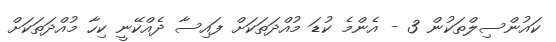
ކައުންސިލްތަކުން 3 - އެންމެ ކުޑަ މުއްދަތަކަށް ފައިސާ ދެއްކޭނީ ކިހާ މުއްދަތަކަށް